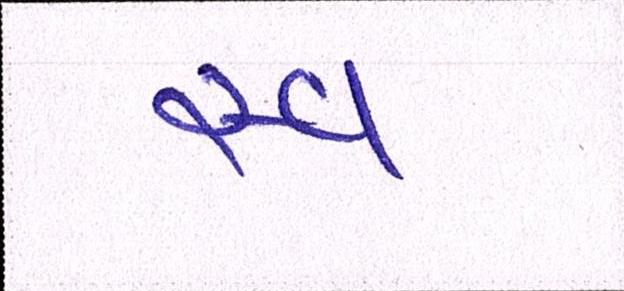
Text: સ્વ